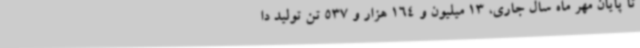
تا پایان مهر ماه سال جاری، 13 میلیون و 164 هزار و 537 تن تولید دا